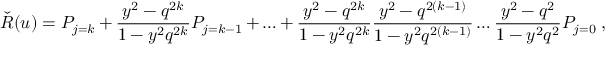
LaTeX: \check { R } ( u ) = P _ { j = k } + \frac { y ^ { 2 } - q ^ { 2 k } } { 1 - y ^ { 2 } q ^ { 2 k } } P _ { j = k - 1 } + \ldots + \frac { y ^ { 2 } - q ^ { 2 k } } { 1 - y ^ { 2 } q ^ { 2 k } } \frac { y ^ { 2 } - q ^ { 2 ( k - 1 ) } } { 1 - y ^ { 2 } q ^ { 2 ( k - 1 ) } } \ldots \frac { y ^ { 2 } - q ^ { 2 } } { 1 - y ^ { 2 } q ^ { 2 } } P _ { j = 0 } \; ,